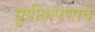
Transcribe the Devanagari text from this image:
सुपीकपणाचे